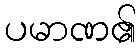
ပမာဏ၏